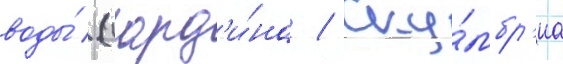
воды́ (сард'и́на / ску́мбр'иа